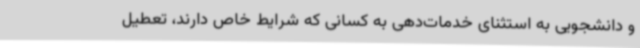
و دانشجویی به استثنای خدمات‌دهی به کسانی که شرایط خاص دارند، تعطیل